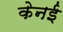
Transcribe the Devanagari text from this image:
केनई